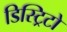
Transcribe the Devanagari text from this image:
डिस्ट्रिटो